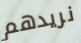
نريدهم